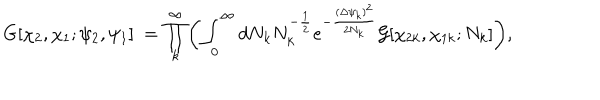
LaTeX: G [ \chi _ { 2 } , \chi _ { 1 } ; \psi _ { 2 } , \psi _ { 1 } ] ~ = \prod _ { k } ^ { \infty } \biggl ( \int _ { 0 } ^ { \infty } d N _ { k } N _ { k } ^ { - { \frac { 1 } { 2 } } } e ^ { - { \frac { { ( \Delta \psi _ { k } ) } ^ { 2 } } { 2 N _ { k } } } } { \cal G } [ \chi _ { 2 k } , \chi _ { 1 k } ; N _ { k } ] \biggr ) ,